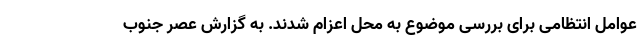
عوامل انتظامی برای بررسی موضوع به محل اعزام شدند. به گزارش عصر جنوب